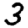
Digit: 3